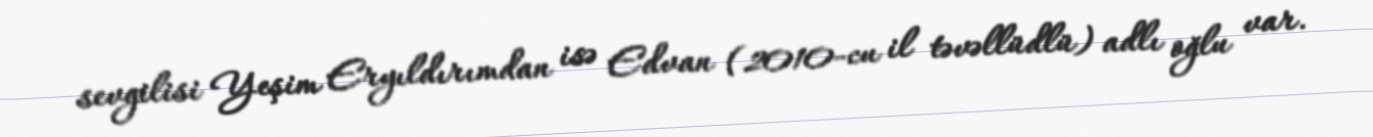
sevgilisi Yeşim Eryıldırımdan isə Edvan (2010-cu il təvəllüdlü) adlı oğlu var.